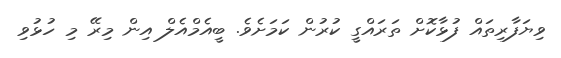
ވިޔަފާރިތައް ފުޅާކޮށް ތަރައްގީ ކުރުން ކަމަށެވެ. ބީއެމްއެލް އިން މިރޭ މި ހުޅުވި